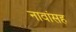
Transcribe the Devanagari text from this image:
नावांसह